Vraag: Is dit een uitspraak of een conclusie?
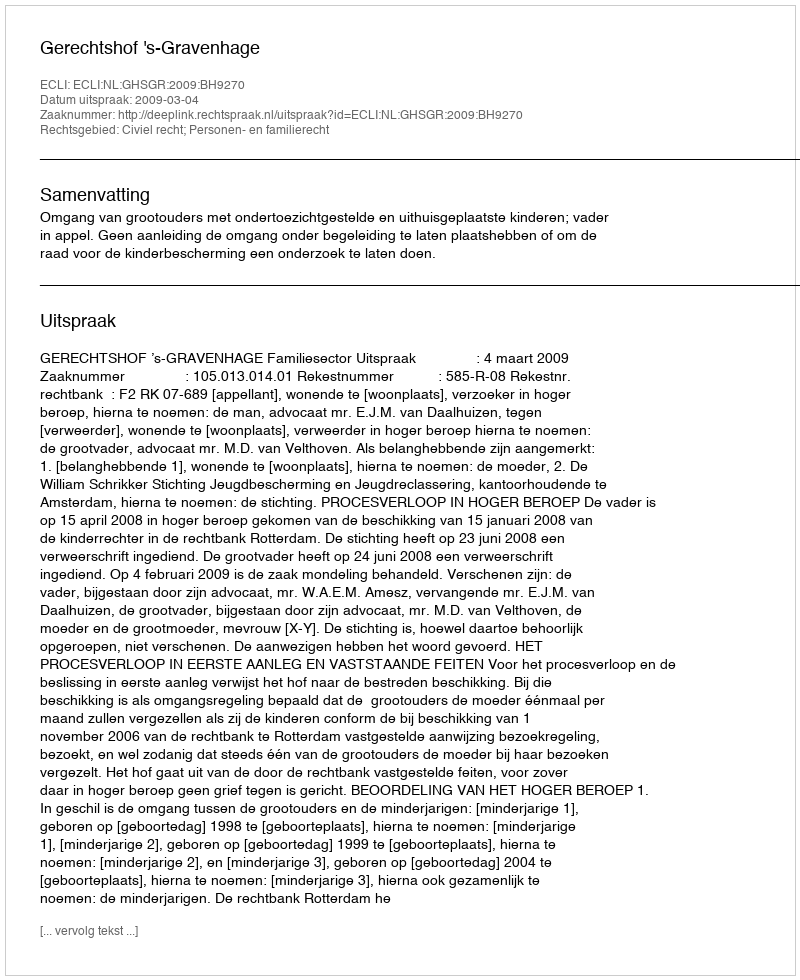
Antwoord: Uitspraak